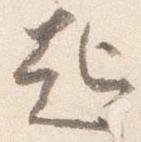
起